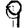
Digit: 9